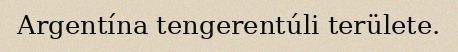
Argentína tengerentúli területe.